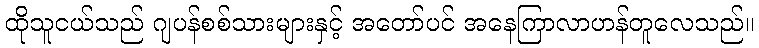
ထိုသူငယ်သည် ဂျပန်စစ်သားများနှင့် အတော်ပင် အနေကြာလာဟန်တူလေသည်။